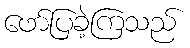
ဖော်ပြခဲ့ကြသည်